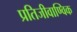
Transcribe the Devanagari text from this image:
प्रतिजीवाण्विक